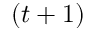
( t + 1 )